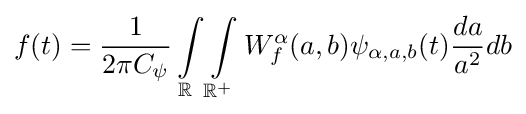
f(t)={\frac {1}{2\pi C_{\psi }}}\int \limits _{\mathbb {R} }\int \limits _{\mathbb {R} ^{+}}W_{f}^{\alpha }(a,b)\psi _{\alpha ,a,b}(t){\frac {da}{a^{2}}}db